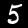
Digit: 5